Report on the bubonic plague in Bombay, 1896-1897
Year: 1896
Disease focus: Plague
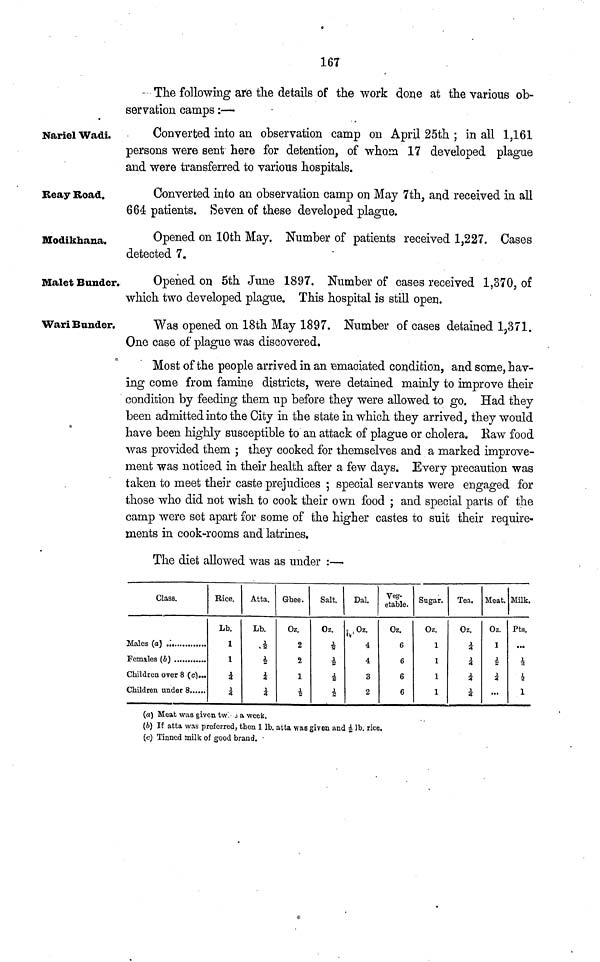
167
- The following are the details of the work done at the various ob-
servation camps :—·
Nariel Wadi.
Converted into an observation camp on April 25th ; in all 1,161
persons were sent here for detention, of whom 17 developed plague
and were transferred to various hospitals.
Reay Road.
Converted into an observation camp on May 7th, and received in all
664 patients. Seven of these developed plague.
Modikhana.
Opened on 10th May. Number of patients received 1,227. Cases
detected 7.
Malet Bunder.
Opened on 5th June 1897. Number of cases received 1,370, of
which two developed plague. This hospital is still open.
Wari Bander.
Was opened on 18th May 1897. Number of cases detained 1,371.
One case of plague was discovered.
Most of the people arrived in an emaciated condition, and some, hav-
ing come from famine districts, were detained mainly to improve their
condition by feeding them up before they were allowed to go. Had they
been admitted into the City in the state in which they arrived, they would
have been highly susceptible to an attack of plague or cholera. Raw food
was provided them ; they cooked for themselves and a marked improve-
ment was noticed in their health after a few days. Every precaution was
taken to meet their caste prejudices ·, special servants were engaged for
those who did not wish to cook their own food ; and special parts of the
camp were set apart for some of the higher castes to suit their require-
ments in cook-rooms and latrines.
The diet allowed was as under :—
Class.
Children over 8 (c)...
Children under 8
Rice.
Lb.
1
1
¼
¼
Atta.
Lb.
½
½
½
½
Ghee.
Oz.
2
2
1
Salt.
Oz.
½
½
Dal.
Oz.
4
4
3
2
Veg-
etable.
Oz.
6
6
6
6
Sugar.
0z.
1
1
1
1
Tea.
Oz.
¼
¼
Meat.
Oz.
1
½
...
Milk,
Pts.
...
1
(a) Meat was given tw a week.
(b) If atta was preferred, then l Ib. atta was given and ½ Ib. rice.
(c) Tinned milk of good brand. ·